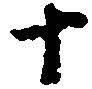
十